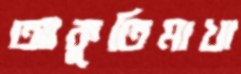
আকুতিমাখা